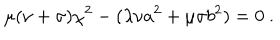
\mu ( \nu + \sigma ) \chi ^ { 2 } - ( \lambda \nu a ^ { 2 } + \mu \sigma b ^ { 2 } ) = 0 ~ .